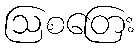
ဩစတြေး